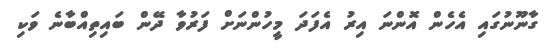
ގާނޫނުގައި އެހެން އޮންނަ އިރު އެފަދަ މީހުންނަށް ފަރުވާ ދޭން ބައިތިއްބާނެ ވަކި